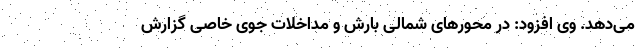
می‌دهد. ‌وی‌ افزود: در محورهای شمالی بارش و مداخلات جوی خاصی گزارش